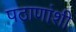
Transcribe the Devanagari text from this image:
पठाणांशी